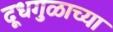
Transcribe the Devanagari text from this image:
दूधगुळाच्या